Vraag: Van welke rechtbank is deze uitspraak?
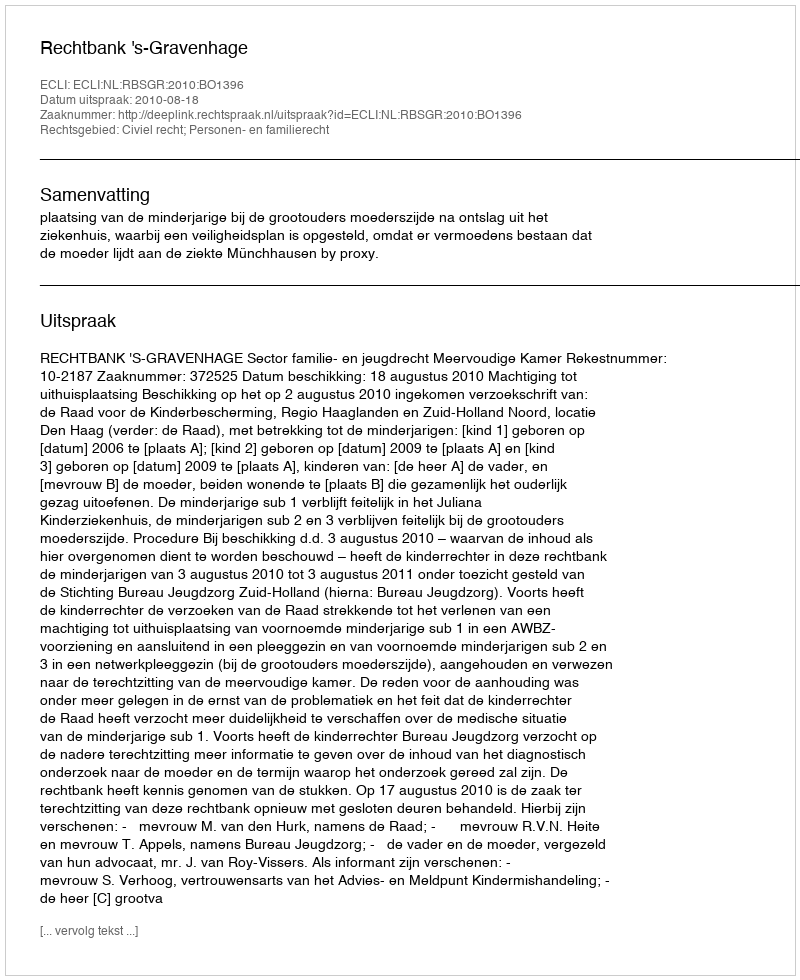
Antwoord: Rechtbank 's-Gravenhage